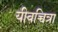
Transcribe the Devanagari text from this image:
यीवच्चित्रा